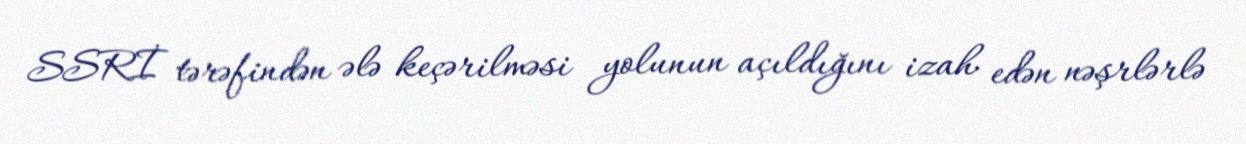
SSRİ tərəfindən ələ keçərilməsi yolunun açıldığını izah edən nəşrlərlə